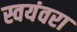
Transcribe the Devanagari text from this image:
स्वयंवरा